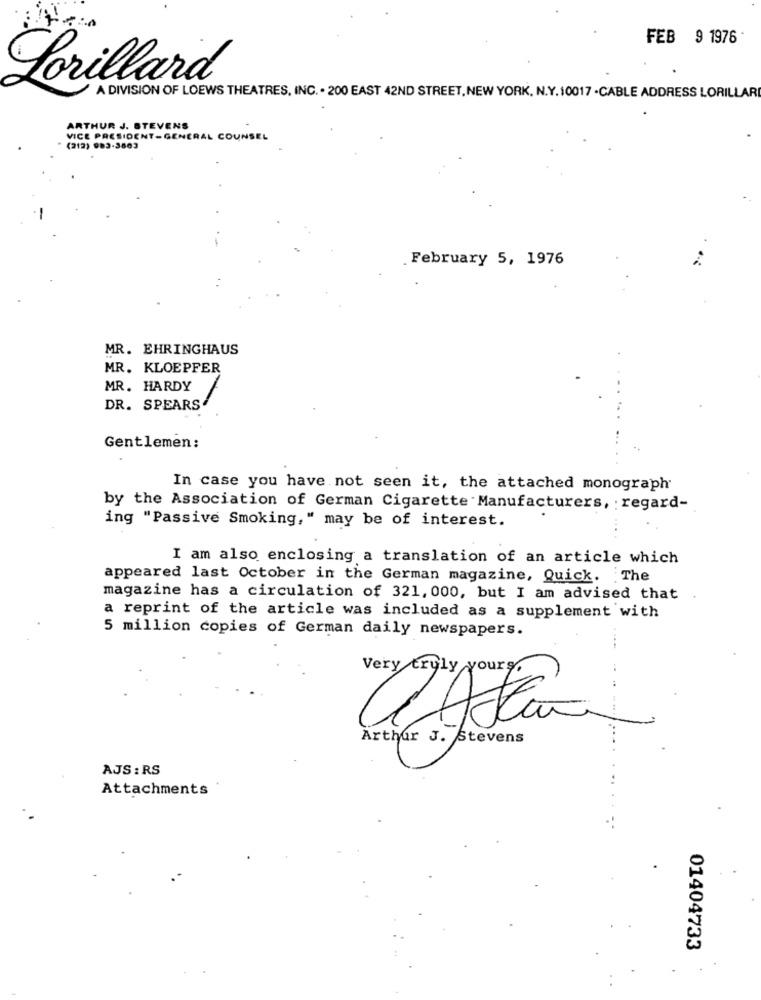
FEB 9 1976
Lorillard
A DIVISION OF LOEWS THEATRES, INC. . 200 EAST 42ND STREET, NEW YORK, N.Y. 10017 . CABLE ADDRESS LORILLAR
ARTHUR J. STEVENS
VICE PRESIDENT-GENERAL COUNSEL
(212) 983-3803
. February 5, 1976
MR. EHRINGHAUS
MR. KLOEPFER
MR. HARDY
DR. SPEARS
Gentlemen:
In case you have not seen it, the attached monograph
by the Association of German Cigarette Manufacturers, regard-
ing "Passive Smoking," may be of interest.
I am also enclosing a translation of an article which
appeared last October in the German magazine, Quick. The
magazine has a circulation of 321, 000, but I am advised that .
a reprint of the article was included as a supplement with
5 million copies of German daily newspapers.
....
Very tryly yours,
Arthur J. Stevens
AJS : RS
Attachments
01404733